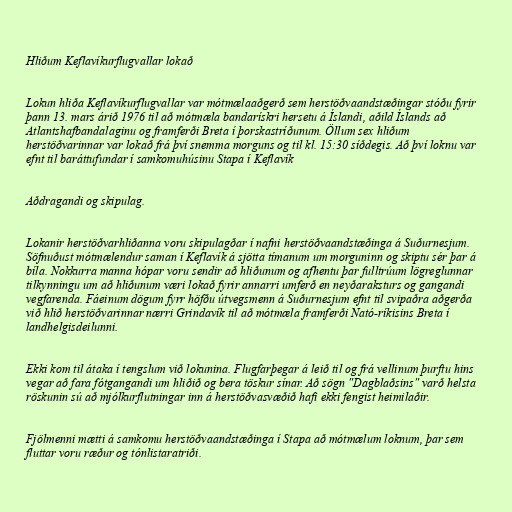
Hliðum Keflavíkurflugvallar lokað

Lokun hliða Keflavíkurflugvallar var mótmælaaðgerð sem herstöðvaandstæðingar stóðu fyrir
þann 13. mars árið 1976 til að mótmæla bandarískri hersetu á Íslandi, aðild Íslands að
Atlantshafbandalaginu og framferði Breta í þorskastríðunum. Öllum sex hliðum
herstöðvarinnar var lokað frá því snemma morguns og til kl. 15:30 síðdegis. Að því loknu var
efnt til baráttufundar í samkomuhúsinu Stapa í Keflavík

Aðdragandi og skipulag.

Lokanir herstöðvarhliðanna voru skipulagðar í nafni herstöðvaandstæðinga á Suðurnesjum.
Söfnuðust mótmælendur saman í Keflavík á sjötta tímanum um morguninn og skiptu sér þar á
bíla. Nokkurra manna hópar voru sendir að hliðunum og afhentu þar fulltrúum lögreglunnar
tilkynningu um að hliðunum væri lokað fyrir annarri umferð en neyðaraksturs og gangandi
vegfarenda. Fáeinum dögum fyrr höfðu útvegsmenn á Suðurnesjum efnt til svipaðra aðgerða
við hlið herstöðvarinnar nærri Grindavík til að mótmæla framferði Nató-ríkisins Breta í
landhelgisdeilunni.

Ekki kom til átaka í tengslum við lokunina. Flugfarþegar á leið til og frá vellinum þurftu hins
vegar að fara fótgangandi um hliðið og bera töskur sínar. Að sögn "Dagblaðsins" varð helsta
röskunin sú að mjólkurflutningar inn á herstöðvasvæðið hafi ekki fengist heimilaðir.

Fjölmenni mætti á samkomu herstöðvaandstæðinga í Stapa að mótmælum loknum, þar sem
fluttar voru ræður og tónlistaratriði.